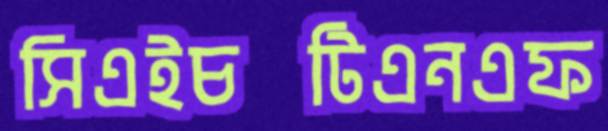
সিএইচটিএনএফ